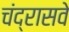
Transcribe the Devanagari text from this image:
चंद्रासवे